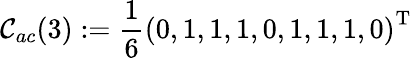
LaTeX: \mathcal{C}_{ac}(3):=\frac{1}{6}\left(0,1,1,1,0,1,1,1,0\right)^{\mathrm{T}}